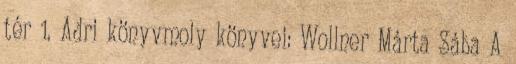
tér 1. Adri könyvmoly könyvei: Wollner Márta Sába A